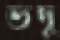
ভদু